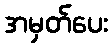
အမှတ်ပေး